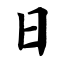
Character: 日